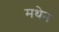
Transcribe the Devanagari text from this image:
मथेन